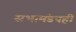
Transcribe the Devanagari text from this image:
सभामंडपही